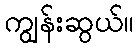
ကျွန်းဆွယ်။